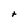
Character: t